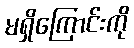
မရှိကြောင်းကို